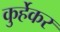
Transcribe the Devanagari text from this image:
कुर्हेकर